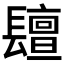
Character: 𨲵